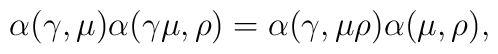
\alpha(\gamma,\mu)\alpha(\gamma\mu,\rho) =	\alpha(\gamma,\mu\rho)\alpha(\mu,\rho),